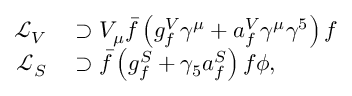
\begin{array} { r l } { \mathcal { L } _ { V } } & { { } \supset V _ { \mu } \bar { f } \left( g _ { f } ^ { V } \gamma ^ { \mu } + a _ { f } ^ { V } \gamma ^ { \mu } \gamma ^ { 5 } \right) f } \\ { \mathcal { L } _ { S } } & { { } \supset \bar { f } \left( g _ { f } ^ { S } + \gamma _ { 5 } a _ { f } ^ { S } \right) f \phi , } \end{array}